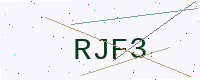
Text: RJF3